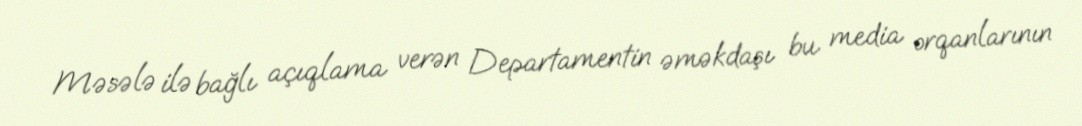
Məsələ ilə bağlı açıqlama verən Departamentin əməkdaşı bu media orqanlarının